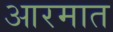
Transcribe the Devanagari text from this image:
आरमात